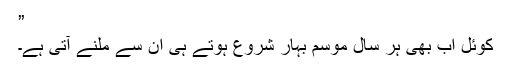
”
کوئل اب بھی ہر سال موسم بہار شروع ہوتے ہی ان سے ملنے آتی ہے۔